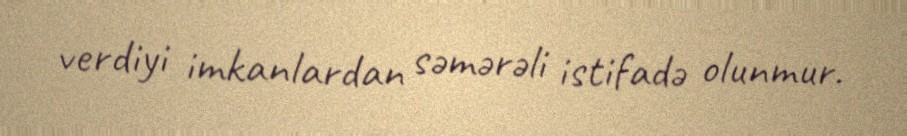
verdiyi imkanlardan səmərəli istifadə olunmur.